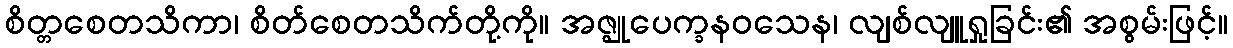
စိတ္တစေတသိကာ၊ စိတ်စေတသိက်တို့ကို။ အဇ္ဈုပေက္ခနဝသေန၊ လျစ်လျူရှုခြင်း၏ အစွမ်းဖြင့်။